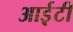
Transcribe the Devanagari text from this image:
आई़़टी